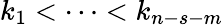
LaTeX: k_{1}<\dots<k_{n-s-m}